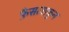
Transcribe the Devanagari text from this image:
फ़ैसलाकुन